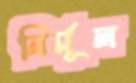
নির্মূল